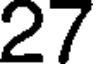
27